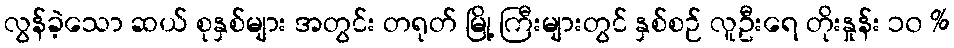
လွန်ခဲ့သော ဆယ် စုနှစ်များ အတွင်း တရုတ် မြို့ ကြီးများတွင် နှစ်စဉ် လူဦးရေ တိုးနှုန်း ၁၀ %